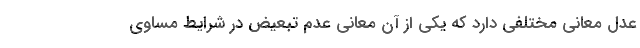
عدل معانی مختلفی دارد که یکی از آن معانی عدم تبعیض در شرایط مساوی